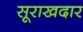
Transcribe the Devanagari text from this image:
सूराखदार